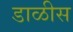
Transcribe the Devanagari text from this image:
डाळीस